Plague in India, 1896, 1897 - Volume 1
Year: 1896
Disease focus: Plague
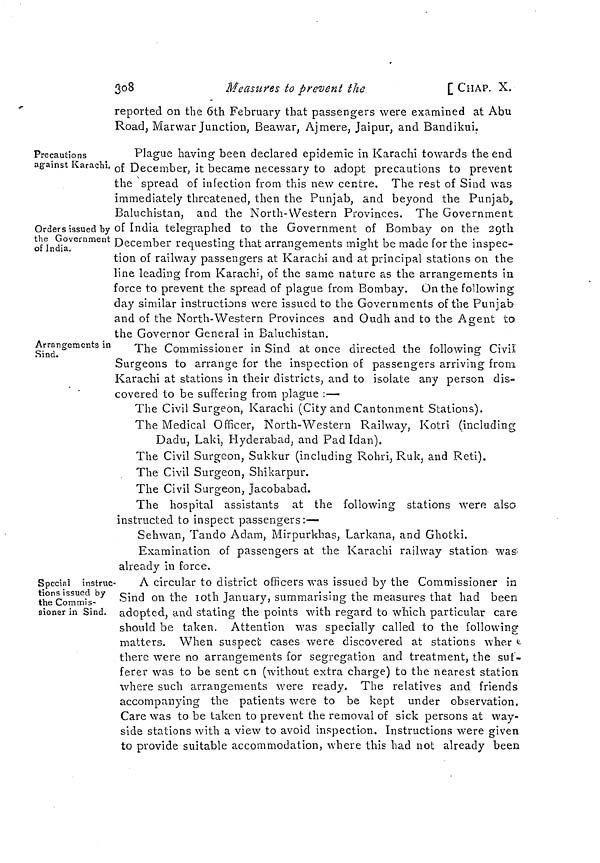
308
Measures to prevent the
[CHAP. X.
reported on the 6th February that passengers were examined at Abu
Road, Marwar Junction, Beawar, Ajmere, Jaipur, and Bandikui.
Precautions
against Karachi.
Orders issued by
the Government
of India.
Plague having been declared epidemic in Karachi towards the end
of December, it became necessary to adopt precautions to prevent
the spread of infection from this new centre. The rest of Sind was
immediately threatened, then the Punjab, and beyond the Punjab,
Baluchistan, and the North-Western Provinces. The Government
of India telegraphed to the Government of Bombay on the 29th
December requesting that arrangements might be made for the inspec-
tion of railway passengers at Karachi and at principal stations on the
line leading from Karachi, of the same nature as the arrangements in
force to prevent the spread of plague from Bombay. On the following
day similar instructions were issued to the Governments of the Punjab
and of the North-Western Provinces and Oudh and to the Agent to
the Governor General in Baluchistan.
Arrangements in
Sind.
The Commissioner in Sind at once directed the following Civil
Surgeons to arrange for the inspection of passengers arriving from
Karachi at stations in their districts, and to isolate any person dis-
covered to be suffering from plague :—
The Civil Surgeon, Karachi (City and Cantonment Stations).
The Medical Officer, North-Western Railway, Kotri (including
Dadu, Laki, Hyderabad, and Pad Idan).
The Civil Surgeon, Sukkur (including Rohri, Ruk, and Reti).
The Civil Surgeon, Shikarpur.
The Civil Surgeon, Jacobabad.
The hospital assistants at the following stations were also
instructed to inspect passengers:—
Sehwan, Tando Adam, Mirpurkhas, Larkana, and Ghotki.
Examination of passengers at the Karachi railway station was
already in force.
Special instruc-
tions issued by
the Commis-
sioner in Sind.
A circular to district officers was issued by the Commissioner in
Sind on the 10th January, summarising the measures that had been
adopted, and stating the points with regard to which particular care
should be taken. Attention was specially called to the following
matters. When suspect cases were discovered at stations where
there were no arrangements for segregation and treatment, the suf-
ferer was to be sent on (without extra charge) to the nearest station
where such arrangements were ready. The relatives and friends
accompanying the patients were to be kept under observation.
Care was to be taken to prevent the removal of sick persons at way-
side stations with a view to avoid inspection. Instructions were given
to provide suitable accommodation, where this had not already been